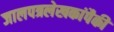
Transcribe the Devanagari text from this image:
जालपत्रलेखकांपैकी